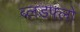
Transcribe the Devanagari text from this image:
ब्लडफ्लो